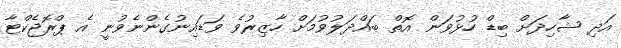
އަދި ޝާހިދަށް ބިޑް ހުޅުވަން އޮތް ބައްދަލުވުމަށް ހާޒިރުވެ ވަޑައިނުގެންނެވުނީ އެ ޕްރޮޖެކްޓާ